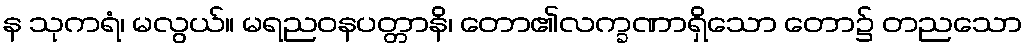
န သုကရံ၊ မလွယ်။ မရညဝနပတ္တာနိ၊ တော၏လက္ခဏာရှိသော တော၌ တညသော